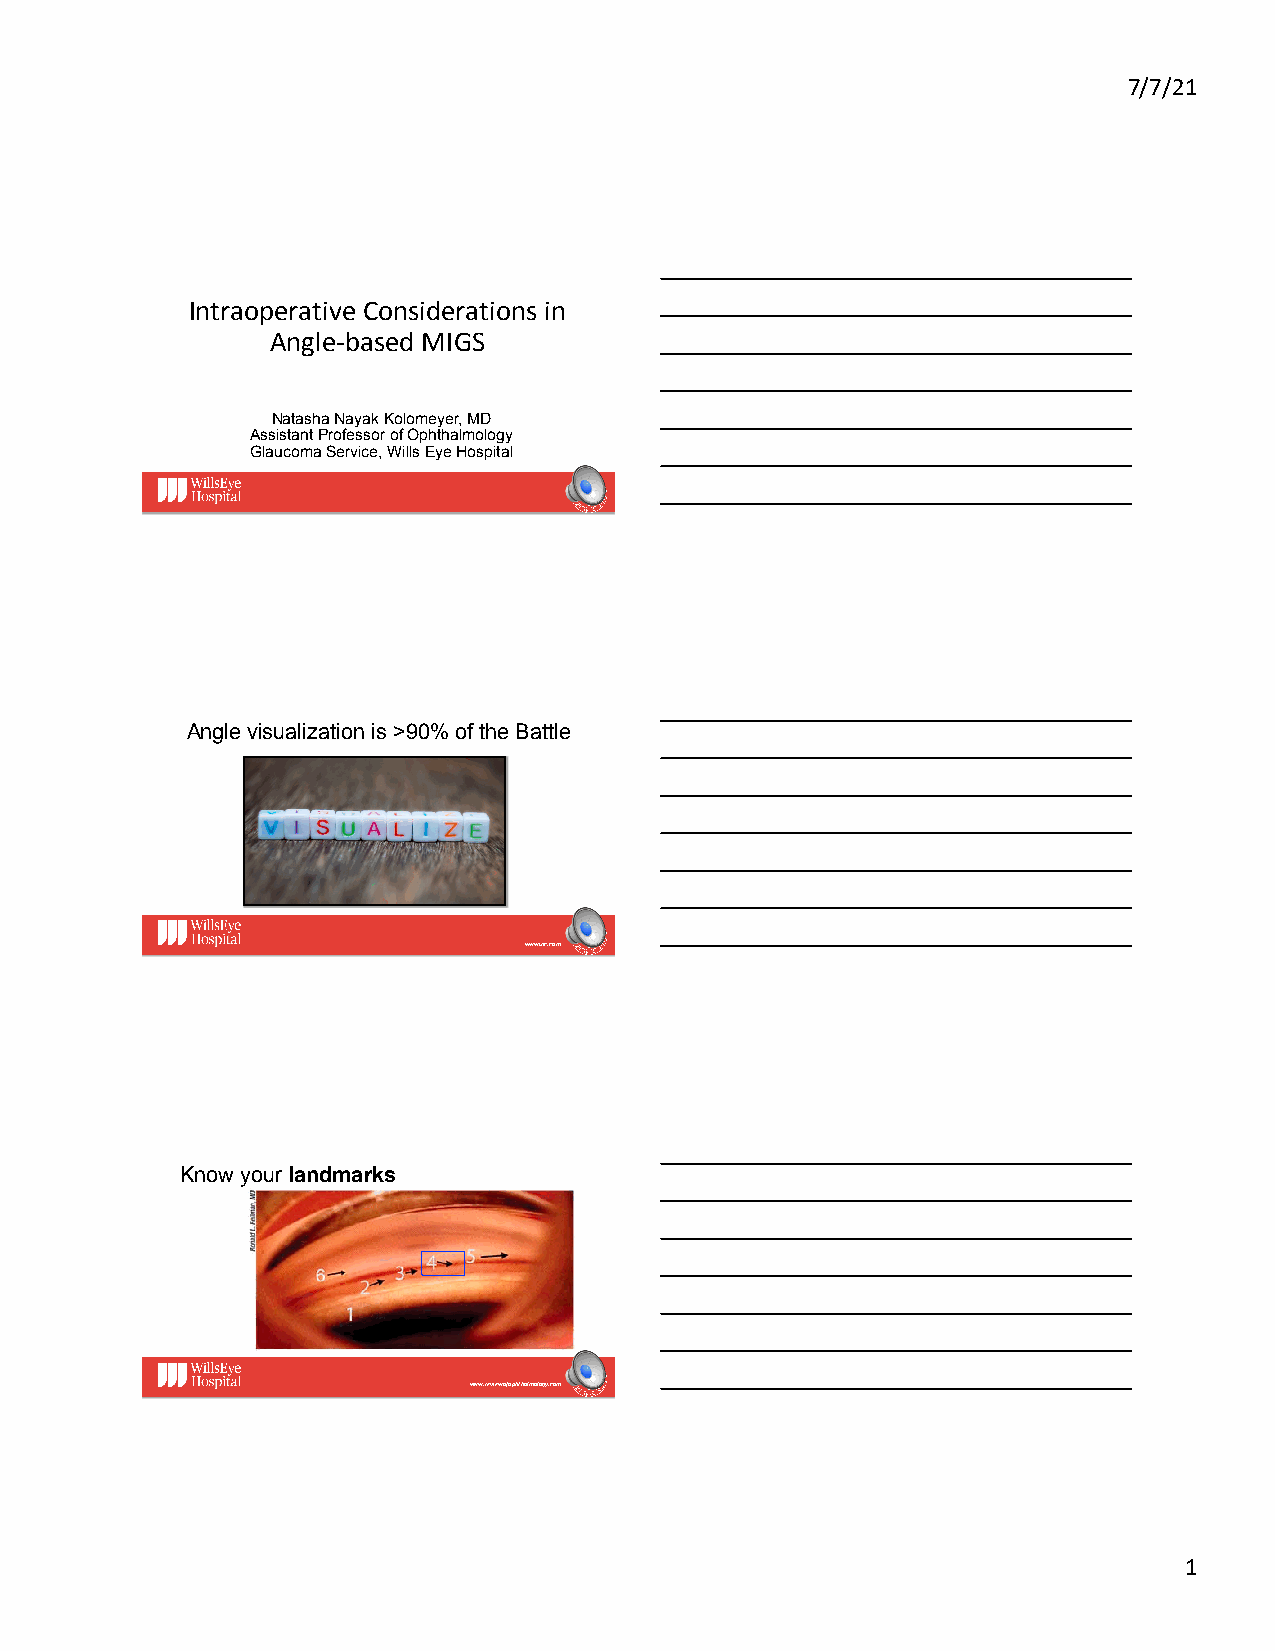
7/7/21
 Intraoperative Considerations in
 Angle-based MIGS
 Natasha Nayak Kolomeyer, MD
 Assistant Professor of Ophthalmology
 Glaucoma Service, Wills Eye Hospital
 Angle visualization is >90% of the Battle
 www.inc.com
 Know your landmarks
 Want to look at the angle head on
 www.reviewofophthalmology.com
 1